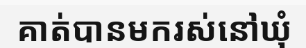
គាត់បានមករស់នៅឃុំ